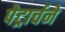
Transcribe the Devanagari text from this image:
पेट्रार्चने